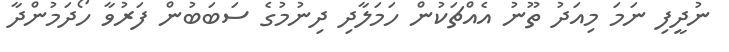
ނުދީފި ނަމަ މިއަދު ތޫނު އެއްޗަކުން ހަމަލާދި ދިނުމުގެ ސަބަބުން ފަރުވާ ހޯދަމުންދާ